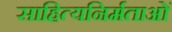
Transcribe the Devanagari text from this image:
साहित्यनिर्मताओं